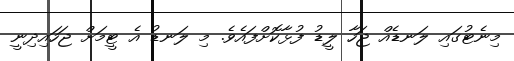
މިނެޓުގައި ލަނޑެއް ޖަހާ ލީޑު ފުޅާކޮށްފައެވެ. މި ލަނޑު އެ ޓީމަށް ޖަހައިދިނީ